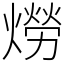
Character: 𤏪